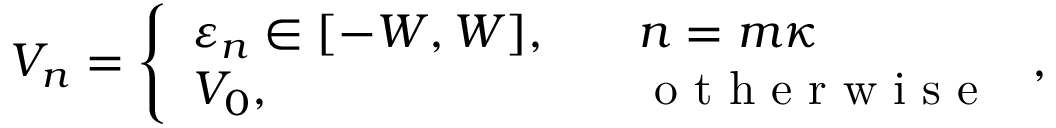
\begin{array} { r } { V _ { n } = \left\{ \begin{array} { l l } { \varepsilon _ { n } \in [ - W , W ] , } & { \quad n = m \kappa } \\ { V _ { 0 } , } & { \quad \mathrm { ~ o ~ t ~ h ~ e ~ r ~ w ~ i ~ s ~ e ~ } } \end{array} \right. , } \end{array}